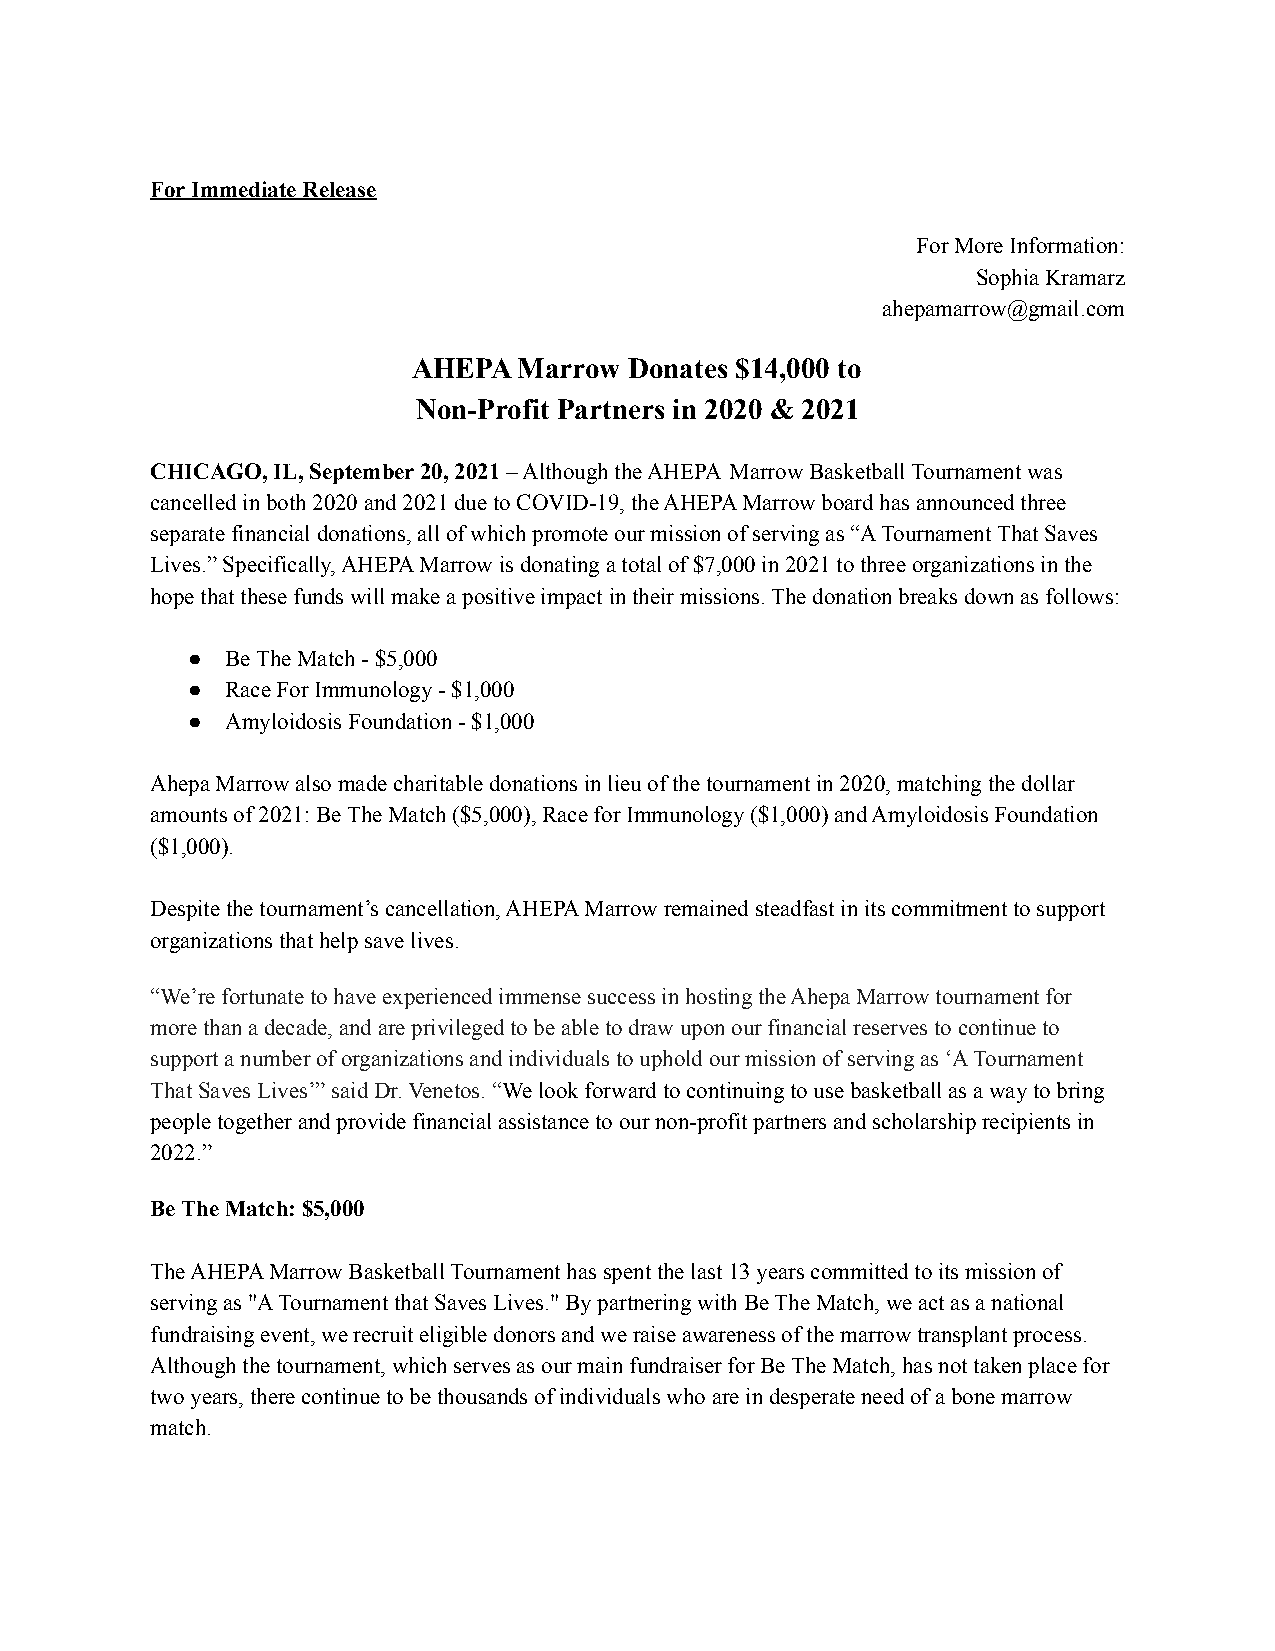
For Immediate Release
 For More Information:
 Sophia Kramarz
 ahepamarrow@gmail.com
 AHEPA  Marrow  Donates $14,000 to
 Non-Profit Partners in 2020 & 2021
 CHICAGO, IL, September 20, 2021– Although the AHEPA Marrow Basketball Tournament was
 cancelled in both 2020 and 2021 due to COVID-19, the AHEPA Marrow board has announced three
 separate financial donations, all of which promote our mission of serving as “A Tournament That Saves
 Lives.” Specifically, AHEPA Marrow is donating a total of $7,000 in 2021 to three organizations in the
 hope that these funds will make a positive impact in their missions. The donation breaks down as follows:
 ●  Be The Match - $5,000
 ●  Race For Immunology - $1,000
 ●  Amyloidosis Foundation - $1,000
 Ahepa Marrow also made charitable donations in lieu of the tournament in 2020, matching the dollar
 amounts of 2021: Be The Match ($5,000), Race for Immunology ($1,000) and Amyloidosis Foundation
 ($1,000).
 Despite the tournament’s cancellation, AHEPA Marrow remained steadfast in its commitment to support
 organizations that help save lives.
 “We’re fortunate to have experienced immense success in hosting the Ahepa Marrow tournament for
 more than a decade, and are privileged to be able to draw upon our financial reserves to continue to
 support a number of organizations and individuals to uphold our mission of serving as ‘A Tournament
 That Saves Lives’” said Dr. Venetos.“We look forwardto continuing to use basketball as a way to bring
 people together and provide financial assistance to our non-profit partners and scholarship recipients in
 2022.”
 Be The Match: $5,000
 The AHEPA Marrow Basketball Tournament has spent the last 13 years committed to its mission of
 serving as "A Tournament that Saves Lives." By partnering with Be The Match, we act as a national
 fundraising event, we recruit eligible donors and we raise awareness of the marrow transplant process.
 Although the tournament, which serves as our main fundraiser for Be The Match, has not taken place for
 two years, there continue to be thousands of individuals who are in desperate need of a bone marrow
 match.